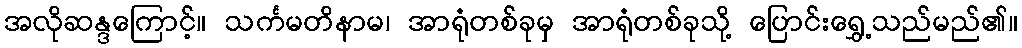
အလိုဆန္ဒကြောင့်။ သင်္ကမတိနာမ၊ အာရုံတစ်ခုမှ အာရုံတစ်ခုသို့ ပြောင်းရွှေ့သည်မည်၏။